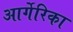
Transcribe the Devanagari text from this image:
आर्गेरिका